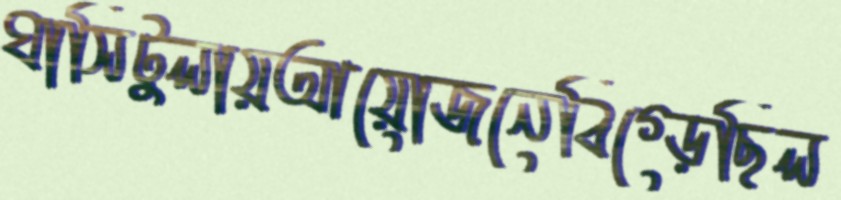
ঘাসিটুলায়আয়োজনেবিগ্‌ড়েছিল